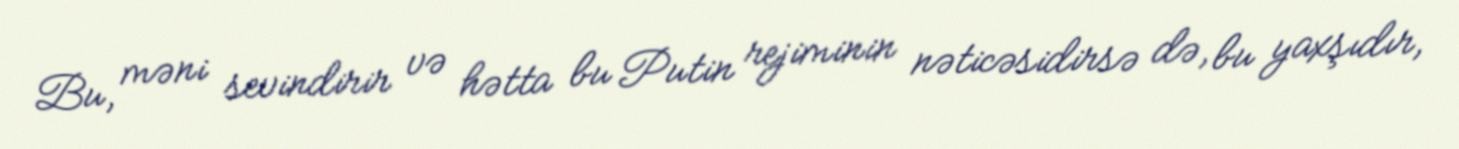
Bu, məni sevindirir və hətta bu Putin rejiminin nəticəsidirsə də, bu yaxşıdır,